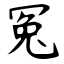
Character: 冤